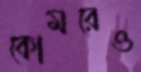
কোমরেও